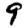
Digit: 9